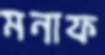
মনাফ